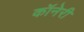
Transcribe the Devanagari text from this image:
कॉनेरी